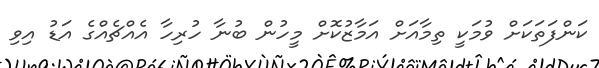
ކަންފަތަކަށް ވުމަކީ ތިމާއަށް އަމާޒުކޮށް މީހުން ބުނާ ހުރިހާ އެއްޗެއްގެ އަޑު އިވި